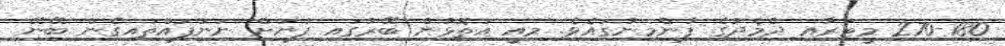
270-180 މީޓަރާއި ދެމެދުގެ ފުންމިނުގައެވެ. މިއީ އަތޮޅުން ބޭރުގައި ފުނަށް ނަނުފައްތައިގެން ބޭނޭ